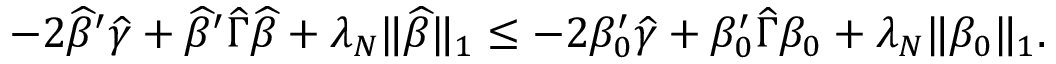
\begin{array} { r } { - 2 \widehat { \beta } ^ { \prime } \widehat { \gamma } + \widehat { \beta } ^ { \prime } \widehat { \Gamma } \widehat { \beta } + \lambda _ { N } \| \widehat { \beta } \| _ { 1 } \leq - 2 \beta _ { 0 } ^ { \prime } \widehat { \gamma } + \beta _ { 0 } ^ { \prime } \widehat { \Gamma } \beta _ { 0 } + \lambda _ { N } \| \beta _ { 0 } \| _ { 1 } . } \end{array}